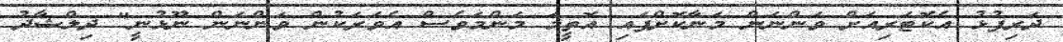
ދަރިފުޅު އެކޮޓަރިއަށް ވަންނަން މަނާކޮށްފައި އޮތީމަ މަންމަވެސް އެވަރަކުން ވަންނަން ނޫޅުނީ" ދިލްޝާދު